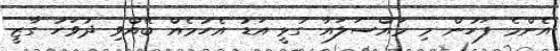
އެންމެ ފަހުން މި މައްސަލައާ ގުޅީ އަޑު އެހުމެއް ބޭއްވި ދުވަހު ގާޒީ